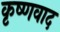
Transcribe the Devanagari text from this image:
कृष्णवाद